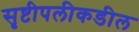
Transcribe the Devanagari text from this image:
सृष्टीपलीकडील